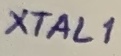
Text: XTAL1